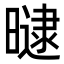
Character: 曃